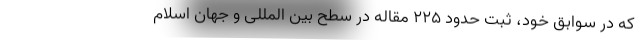
که در سوابق خود، ثبت حدود ۲۲۵ مقاله در سطح بین المللی و جهان اسلام